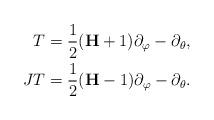
LaTeX: \begin{align*} T&=\frac{1}{2}(\textbf{H}+1)\partial_\varphi-\partial_\theta,\\ JT&=\frac{1}{2}(\textbf{H}-1)\partial_\varphi-\partial_\theta. \end{align*}